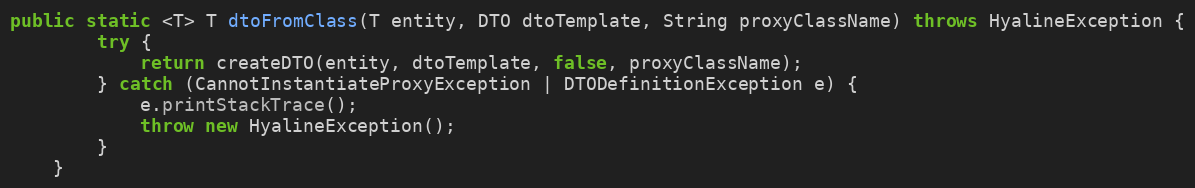
Language: Java
public static <T> T dtoFromClass(T entity, DTO dtoTemplate, String proxyClassName) throws HyalineException {
		try {
			return createDTO(entity, dtoTemplate, false, proxyClassName);
		} catch (CannotInstantiateProxyException | DTODefinitionException e) {
			e.printStackTrace();
			throw new HyalineException();
		}
	}